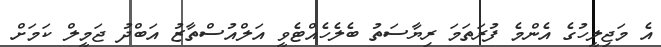
އެ މަޖިލީހުގެ އެންމެ ފުރަތަމަ ރިޔާސަތު ބެލެހެއްޓެވީ އަލްއުސްތާޒު އަބްދު ޖަމީލް ކަމަށް